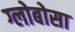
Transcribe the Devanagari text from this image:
ग्लोबोसा